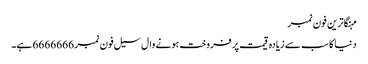
مہنگاترین فون نمبر
دنیا کا سب سے زیادہ قیمت پر فروخت ہونے وال سیل فون نمبر 6666666 ہے۔